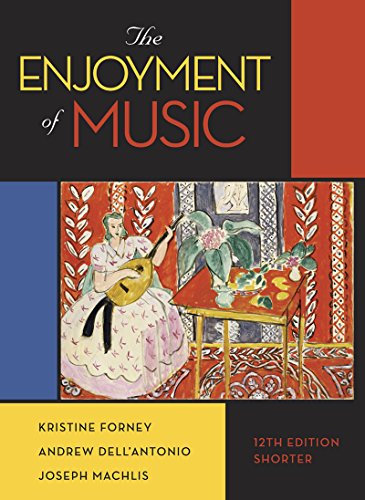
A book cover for The Enjoyment of Music (Twelfth Shorter Edition); Kristine Forney; Arts & Photography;